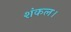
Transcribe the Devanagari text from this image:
शंकल।